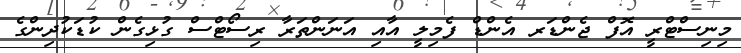
މިނިސްޓްރީ އޮފް ޖެންޑަރ އެންޑް ފެމިލީ އާއި އަނަންތަރާ ރިސޯޓްސް ގުޅިގެން ކުޑަކުދިންގެ